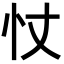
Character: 𢗆